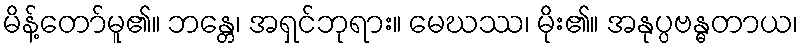
မိန့်တော်မူ၏။ ဘန္တေ၊ အရှင်ဘုရား။ မေဃဿ၊ မိုး၏။ အနုပ္ပဗန္ဓတာယ၊